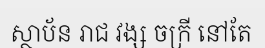
ស្ថាប័ន រាជ វង្ស ចក្រី នៅតែ